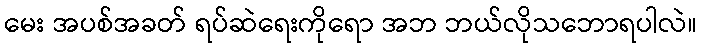
မေး အပစ်အခတ် ရပ်ဆဲရေးကိုရော အဘ ဘယ်လိုသဘောရပါလဲ။